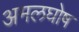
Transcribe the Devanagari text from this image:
अमलघोष